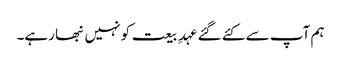
ہم آپ سے کئے گئے عہدِ بیعت کو نہیں نبھا رہے۔